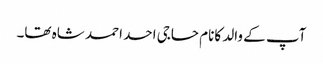
آپ کے والد کانام حاجی احد احمد شاہ تھا۔